Leaving Certificate Examination, 1917, 1917
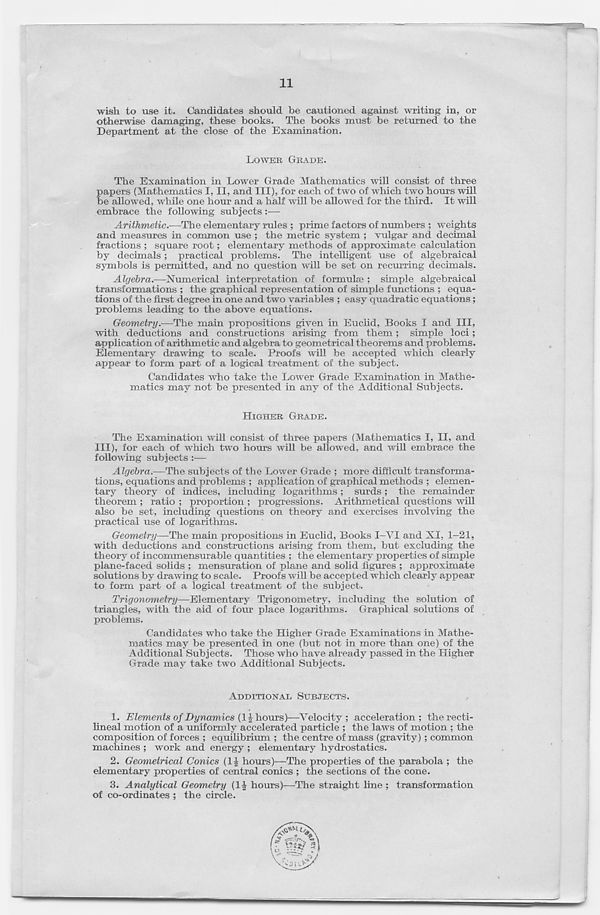
11
wish to use it. Candidates should be cautioned against writing in, or
otherwise damaging, these books. The books must be returned to the
Department at the close of the Examination.
LOWER GRADE.
The Examination in Lower Grade Mathematics will consist of three
papers (Mathematics I, II, and III), for each of two of which two hours will
be allowed, while one hour and a half will be allowed for the third. It will
embrace the following subjects:—
Arithmetic.—The elementary rules ; prime factors of numbers ; weights
and measures in common use ; the metric system ; vulgar and decimal
fractions ; square root; elementary methods of approximate calculation
by decimals; practical problems. The intelligent use of algebraical
symbols is permitted, and no question will be set on recurring decimals.
Algebra.—Numerical interpretation of formuke ; simple algebraical
transformations ; the graphical representation of simple functions ; equa-
tions of the first degree in one and two variables ; easy quadratic equations;
problems leading to the above equations.
Geometry.—The main propositions given in Euclid, Books I and III,
with deductions and constructions arising from them; simple loci;
application of arithmetic and algebra to geometrical theorems and problems.
Elementary drawing to scale. Proofs will be accepted which clearly
appear to form part of a logical treatment of the subject.
Candidates who take the Lower Grade Examination in Mathe-
matics may not be presented in any of the Additional Subjects.
HIGHER GRADE.
The Examination will consist of three papers (Mathematics I, II, and
III), for each of which two hours will be allowed, and will embrace the
following subjects :—
Algebra.—The subjects of the Lower Grade ; more difficult transforma-
tions, equations and problems ; application of graphical methods ; elemen-
tary theory of indices, including logarithms; surds; the remainder
theorem ; ratio ; proportion ; progressions. Arithmetical questions will
also be set, including questions on theory and exercises involving the
practical use of logarithms.
Geometry—The main propositions in Euclid, Books I—VI and XI, 1—21,
with deductions and constructions arising from them, but excluding the
theory of incommensurable quantities ; the elementary properties of simple
plane-faced solids ; mensuration of plane and solid figures ; approximate
solutions by drawing to scale. Proofs will be accepted which clearly appear
to form part of a logical treatment of the subject.
Trigonometry—Elementary Trigonometry, including the solution of
triangles, with the aid of four place logarithms. Graphical solutions of
problems.
Candidates who take the Higher Grade Examinations in Mathe-
matics may be presented in one (but not in more than one) of the
Additional Subjects. Those who have already passed in the Higher
Grade may take two Additional Subjects.
ADDITIONAL SUBJECTS.
1. Elements of Dynamics {1% hours)—Velocity; acceleration; therecti-
lineal motion of a uniformly accelerated particle ; the laws of motion ; the
composition of forces ; equilibrium ; the centre of mass (gravity); common
machines ; work and energy ; elementary hydrostatics.
2. Geometrical Conics (1£ hours)—The properties of the parabola ; the
elementary properties of central conics ; the sections of the cone.
3. Analytical Geometry (II hours)-—The straight line ; transformation
of co-ordinates ; the circle.